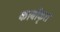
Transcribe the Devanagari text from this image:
कार्बोकृत